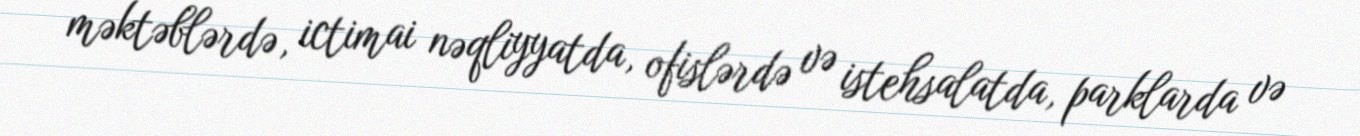
məktəblərdə, ictimai nəqliyyatda, ofislərdə və istehsalatda, parklarda və